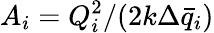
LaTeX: A_{i}=Q_{i}^{2}/(2k\Delta\bar{q}_{i})